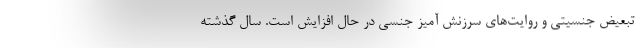
تبعیض جنسیتی و روایت‌های سرزنش آمیز جنسی در حال افزایش است. سال گذشته